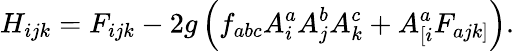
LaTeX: H_{ijk}=F_{ijk}-2g\left(f_{abc}A_{i}^{a}A_{j}^{b}A_{k}^{c}+A_{\left[i\right.}^{a}F_{a\left.jk\right]}\right).